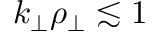
k _ { \perp } \rho _ { \perp } \lesssim 1